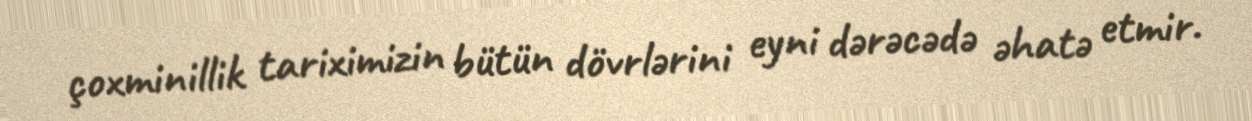
çoxminillik tariximizin bütün dövrlərini eyni dərəcədə əhatə etmir.